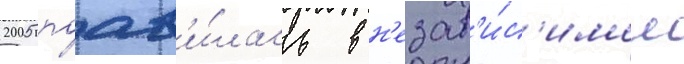
2005 поав'и́лась в н'езав'и́с'имом